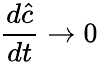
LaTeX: \frac{d\hat{c}}{dt}\rightarrow 0